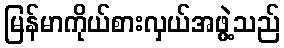
မြန်မာကိုယ်စားလှယ်အဖွဲ့သည်